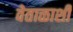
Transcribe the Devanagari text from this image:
वेताळाशी